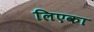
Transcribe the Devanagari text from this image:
लिएका